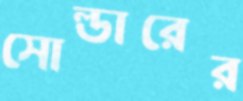
সোল্ডারের